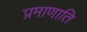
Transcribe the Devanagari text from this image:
प्रमाणाति